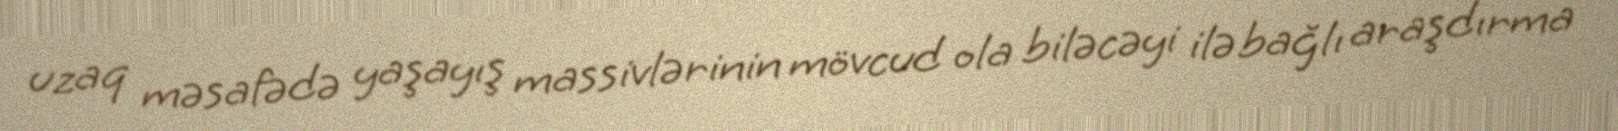
uzaq məsafədə yaşayış massivlərinin mövcud ola biləcəyi ilə bağlı araşdırma